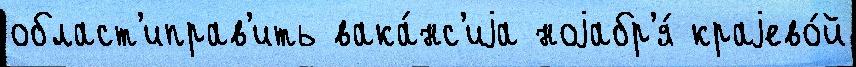
област'иправ'ить вака́нс'иjа ноjабр'я́ краjево́й